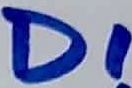
Text: D1